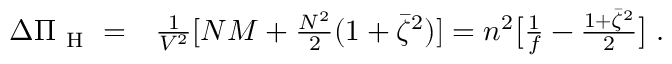
\begin{array} { r l } { \Delta \Pi _ { \mathrm { ~ H ~ } } = } & { { } \frac { 1 } { V ^ { 2 } } [ N M + \frac { N ^ { 2 } } { 2 } ( 1 + \bar { \zeta } ^ { 2 } ) ] = n ^ { 2 } \big [ \frac { 1 } { f } - \frac { 1 + \bar { \zeta } ^ { 2 } } { 2 } \big ] \; . } \end{array}